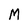
Character: M